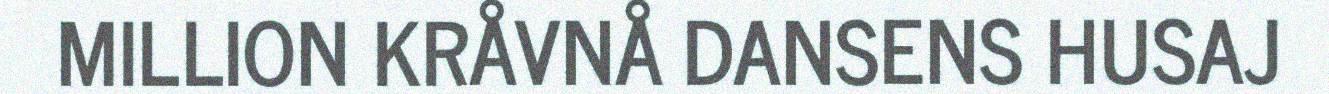
MILLION KRÅVNÅ DANSENS HUSAJ